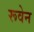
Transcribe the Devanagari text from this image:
रूवेन